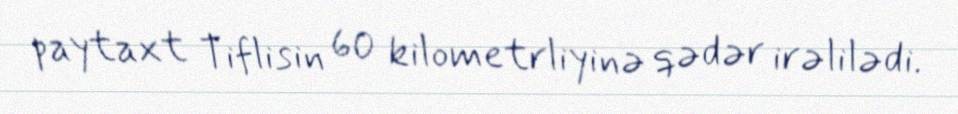
paytaxt Tiflisin 60 kilometrliyinə qədər irəlilədi.